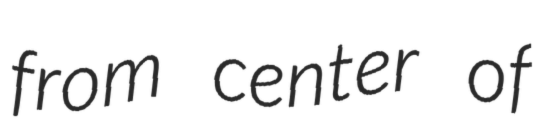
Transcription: from center of